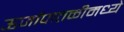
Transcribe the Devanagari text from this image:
ऊर्जापातळीमध्ये